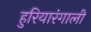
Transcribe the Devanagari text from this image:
हुरियारंगाली